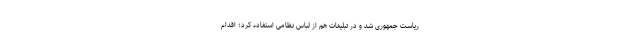
ریاست جمهوری شد و در تبلیغات هم از لباس نظامی استفاده کرد؛ اقدام